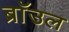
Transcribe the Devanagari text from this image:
ब्राॅउल